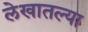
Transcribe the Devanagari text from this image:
लेखातल्या